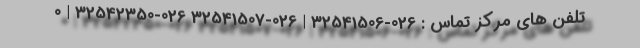
تلفن های مرکز تماس : 026-32541506 | 026-32541507 026-32542350 | 0